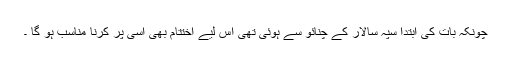
چونکہ بات کی ابتدا سپہ سالار کے چنائو سے ہوئی تھی اس لیے اختتام بھی اسی پر کرنا مناسب ہو گا ۔